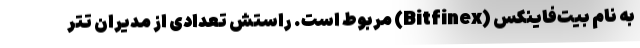
به نام بیت‌فاینکس (Bitfinex) مربوط است. راستش تعدادی از مدیران تتر